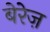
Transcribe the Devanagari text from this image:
बेरेज़